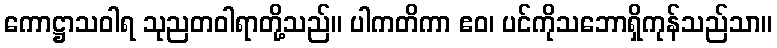
ကောဋ္ဌာသဝါရ သုညတဝါရာတို့သည်။ ပါကတိကာ ဧဝ၊ ပင်ကိုသဘောရှိကုန်သည်သာ။